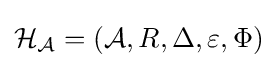
{\mathcal {H_{A}}}=({\mathcal {A}},R,\Delta ,\varepsilon ,\Phi )